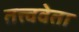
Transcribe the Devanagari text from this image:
तत्त्ववेता